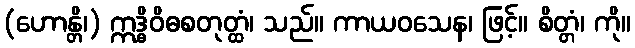
(ဟောန္တိ၊) ဣဒ္ဓိဝိဓစတုတ္ထံ၊ သည်။ ကာယဝသေန၊ ဖြင့်။ စိတ္တံ၊ ကို။